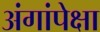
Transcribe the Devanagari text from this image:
अंगांपेक्षा